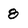
Character: 8